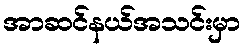
အာဆင်နယ်အသင်းမှာ